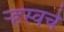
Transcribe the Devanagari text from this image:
ऱ्हस्वचे